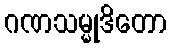
ဂဏသမ္မုဒိတော